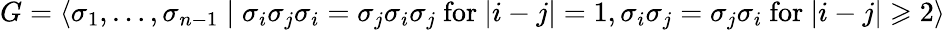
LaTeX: G=\langle\sigma_{1},\ldots,\sigma_{n-1}\mid\sigma_{i}\sigma_{j}\sigma_{i}=\sigma_{j}\sigma_{i}\sigma_{j}{\mathrm{~for~}}\vert i-j\vert=1,\sigma_{i}\sigma_{j}=\sigma_{j}\sigma_{i}{\mathrm{~for~}}\vert i-j\vert\geqslant 2\rangle